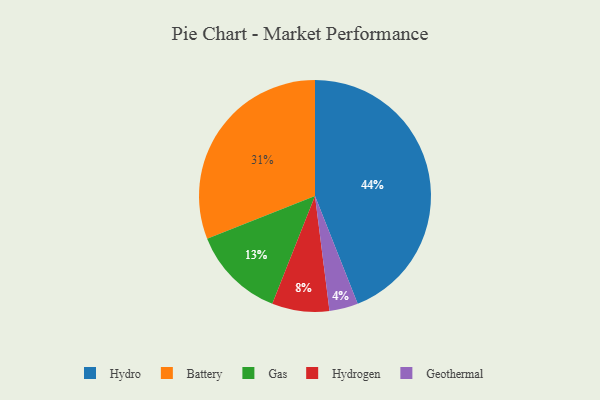
{"axis": {"x": "Category", "y": "Percentage"}, "legend": ["Battery", "Gas", "Geothermal", "Hydro", "Hydrogen"], "data": [{"x": "Hydrogen", "y": 8, "type": "Hydrogen"}, {"x": "Battery", "y": 31, "type": "Battery"}, {"x": "Hydro", "y": 44, "type": "Hydro"}, {"x": "Geothermal", "y": 4, "type": "Geothermal"}, {"x": "Gas", "y": 13, "type": "Gas"}]}